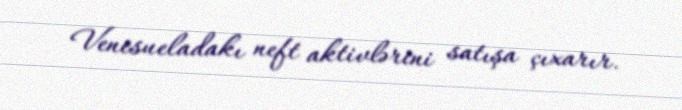
Venesueladakı neft aktivlərini satışa çıxarır.